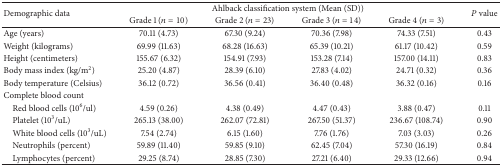
<table><thead><tr><td rowspan="2"><b>Demographic data</b></td><td colspan="4"><b>Ahlback classification system (Mean (SD))</b></td><td rowspan="2"><b><i>P</i> value</b></td></tr><tr><td><b>Grade 1 (<i>n</i> = 10)</b></td><td><b>Grade 2 (<i>n</i> = 23)</b></td><td><b>Grade 3 (<i>n</i> = 14)</b></td><td><b>Grade 4 (<i>n</i> = 3)</b></td></tr></thead><tbody><tr><td>Age (years)</td><td>70.11 (4.73)</td><td>67.30 (9.24)</td><td>70.36 (7.98)</td><td>74.33 (7.51)</td><td>0.43</td></tr><tr><td>Weight (kilograms)</td><td>69.99 (11.63)</td><td>68.28 (16.63)</td><td>65.39 (10.21)</td><td>61.17 (10.42)</td><td>0.59</td></tr><tr><td>Height (centimeters)</td><td>155.67 (6.32)</td><td>154.91 (7.93)</td><td>153.28 (7.14)</td><td>157.00 (14.11)</td><td>0.83</td></tr><tr><td>Body mass index (kg/m<sup>2</sup>)</td><td>25.20 (4.87)</td><td>28.39 (6.10)</td><td>27.83 (4.02)</td><td>24.71 (0.32)</td><td>0.36</td></tr><tr><td>Body temperature (Celsius)</td><td>36.12 (0.72)</td><td>36.56 (0.41)</td><td>36.40 (0.48)</td><td>36.32 (0.16)</td><td>0.16</td></tr><tr><td>Complete blood count</td><td> </td><td> </td><td> </td><td> </td><td> </td></tr><tr><td> Red blood cells (10<sup>6</sup>/ul)</td><td>4.59 (0.26)</td><td>4.38 (0.49)</td><td>4.47 (0.43)</td><td>3.88 (0.47)</td><td>0.11</td></tr><tr><td> Platelet (10<sup>3</sup>/uL)</td><td>265.13 (38.00)</td><td>262.07 (72.81)</td><td>267.50 (51.37)</td><td>236.67 (108.74)</td><td>0.90</td></tr><tr><td> White blood cells (10<sup>3</sup>/uL)</td><td>7.54 (2.74)</td><td>6.15 (1.60)</td><td>7.76 (1.76)</td><td>7.03 (3.03)</td><td>0.26</td></tr><tr><td> Neutrophils (percent)</td><td>59.89 (11.40)</td><td>59.85 (9.10)</td><td>62.45 (7.04)</td><td>57.30 (16.19)</td><td>0.84</td></tr><tr><td> Lymphocytes (percent)</td><td>29.25 (8.74)</td><td>28.85 (7.30)</td><td>27.21 (6.40)</td><td>29.33 (12.66)</td><td>0.94</td></tr></tbody></table>